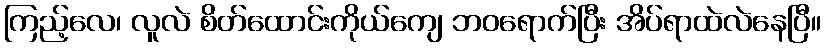
ကြည့်လေ၊ လူလဲ စိတ်ထောင်းကိုယ်ကျေ ဘဝရောက်ပြီး အိပ်ရာထဲလဲနေပြီ။